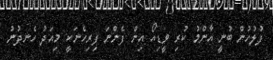
ފުލުހުން ބުނީ އާންމު ކުރި ވީޑިއޯ އިން ފެންނަ ފިރިހެނަކީ މިއަދު ހެނދުނު